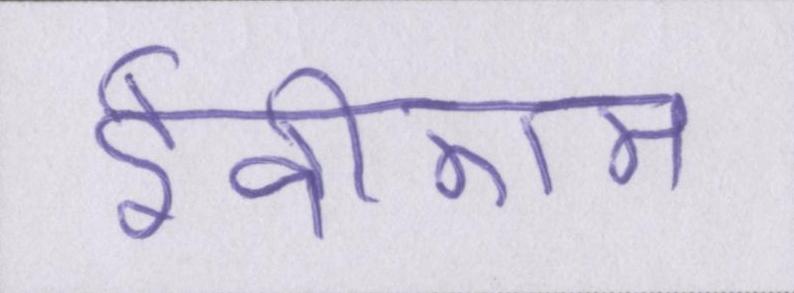
ईवीएम